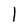
Character: l